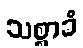
သစ္စာခံ